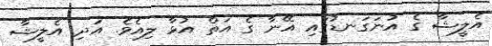
އެލީޝާ ގެ އުނަގަނޑުގައި އޭނާ ގެ އަތް އުޅާ ލިއެވެ. އަދި އެލީޝާ